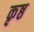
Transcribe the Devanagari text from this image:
कृष्ठ